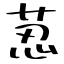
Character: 荵